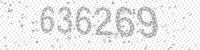
Solution: 636269